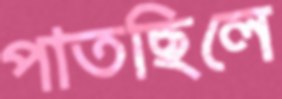
পাতছিলে